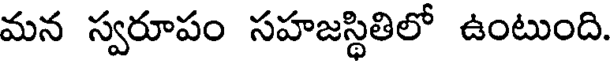
మన స్వరూపం సహజస్థితిలో ఉంటుంది.